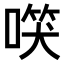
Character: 𠺑